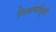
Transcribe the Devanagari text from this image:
गिअर्कानूनी